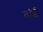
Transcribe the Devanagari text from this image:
तांईं